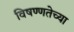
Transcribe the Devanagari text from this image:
विषण्णतेच्या